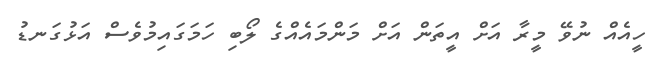
ހީއެއް ނުވޭ މީރާ އަށް އީތަން އަށް މަންމައެއްގެ ލޯބި ހަމަގައިމުވެސް އަޅުގަނޑު